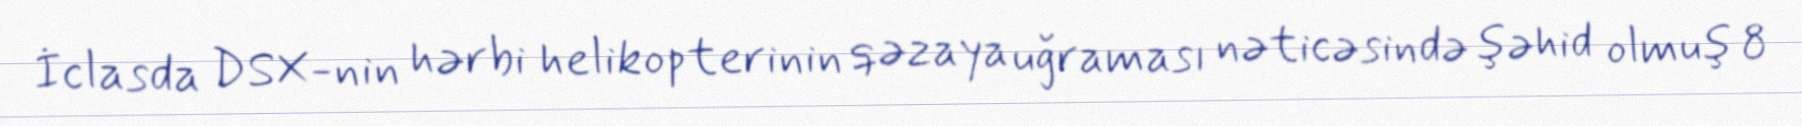
İclasda DSX-nin hərbi helikopterinin qəzaya uğraması nəticəsində şəhid olmuş 8